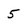
Character: 5